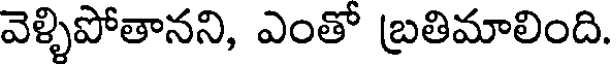
వెళ్ళిపోతానని, ఎంతో బ్రతిమాలింది.